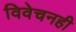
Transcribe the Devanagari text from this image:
विवेचनही